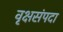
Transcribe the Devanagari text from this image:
वृक्षसंपदा